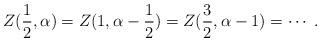
LaTeX: \begin{align*}Z(\frac{1}{2}, \alpha) = Z(1, \alpha - \frac{1}{2})= Z(\frac{3}{2}, \alpha - 1) = \cdots \;.\end{align*}